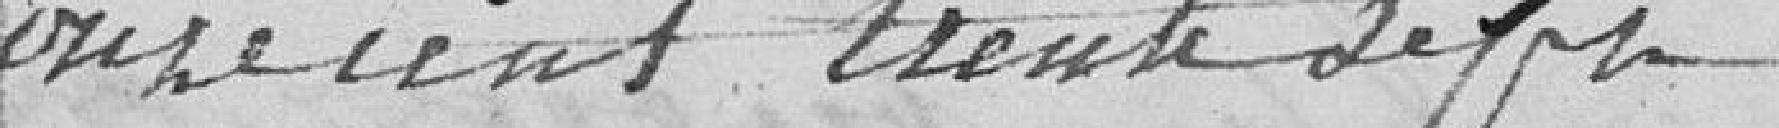
onze cent trente sept